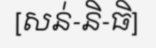
[សន់-និ-ធិ]